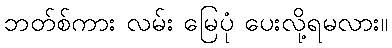
ဘတ်စ်ကား လမ်း မြေပုံ ပေးလို့ရမလား။